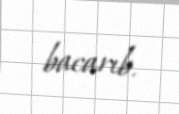
bacarıb.